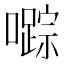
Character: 𱕙